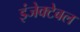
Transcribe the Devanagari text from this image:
इंजेक्टेबल